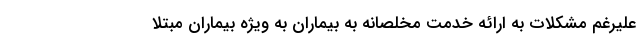
علیرغم مشکلات به ارائه خدمت مخلصانه به بیماران به ویژه بیماران مبتلا